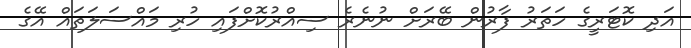
އަދި ކޮޓަރީގެ ހަތަރު ފާރުން ބޭރަށް ނުނެރެ ސިއްރުކޮށްފައި ހުރި މައްސަލަތައް އޭގެ